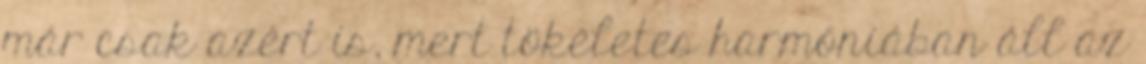
már csak azért is, mert tökéletes harmóniában áll az